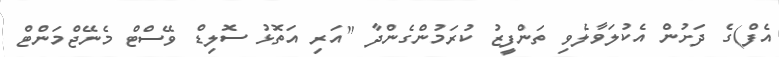
އެފް)ގެ ދަށުން އެކުލަވާލެވި ތަންފީޒު ކުރަމުންގެންދާ "އަރި އަތޮޅު ސޮލިޑް ވޭސްޓް މެނޭޖްމަންޓް